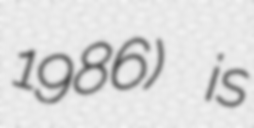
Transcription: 1986) is